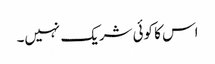
اس کا کوئی شریک نہیں۔